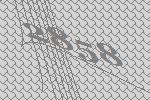
2858